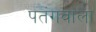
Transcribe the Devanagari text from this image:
पतंगवाला